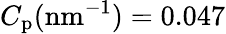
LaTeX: C_{\mathrm{p}}(\mathrm{nm}^{-1})=0.047